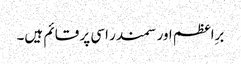
برِاعظم اور سمندر اسی پر قائم ہیں۔